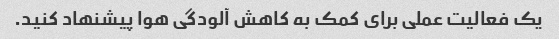
یک فعالیت عملی برای کمک به کاهش آلودگی هوا پیشنهاد کنید.